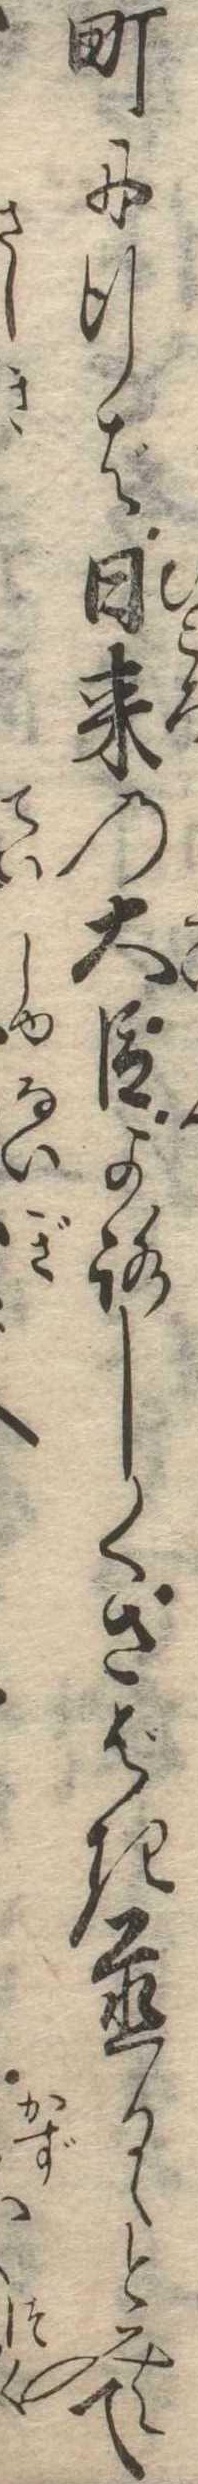
町に行ば日来の大臣よろしくさばき置るゝとみえて